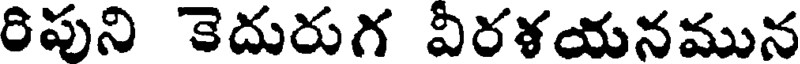
రిపుని కెదురుగ వీరళయనమున